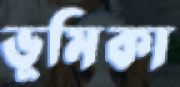
ভূমিকা